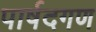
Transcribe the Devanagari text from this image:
पार्षदगण